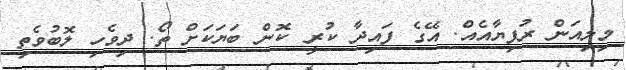
މިލިއަން ރުފިޔާއެއް. އޭގެ ފައިދާ ކުރީ ކޮން ބަޔަކަށް ތޯ. ދިވެހި ލޮބުވެތި